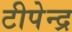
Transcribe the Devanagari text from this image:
टीपेन्द्र